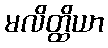
မလိတ္ထိယာ